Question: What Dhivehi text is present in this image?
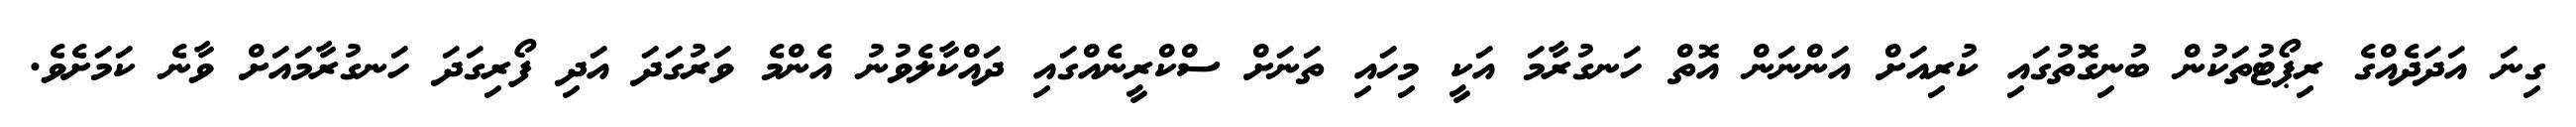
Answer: ގިނަ އަދަދެއްގެ ރިޕޯޓުތަކުން ބުނިގޮތުގައި ކުރިއަށް އަންނަން އޮތް ހަނގުރާމަ އަކީ މިހައި ތަނަށް ސްކްރީނެއްގައި ދައްކާލެވުނު އެންމެ ވަރުގަދަ އަދި ފޯރިގަދަ ހަނގުރާމައަށް ވާނެ ކަމަށެވެ.